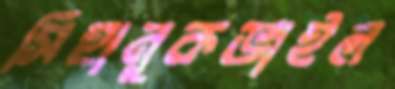
সিহানুকভাইল